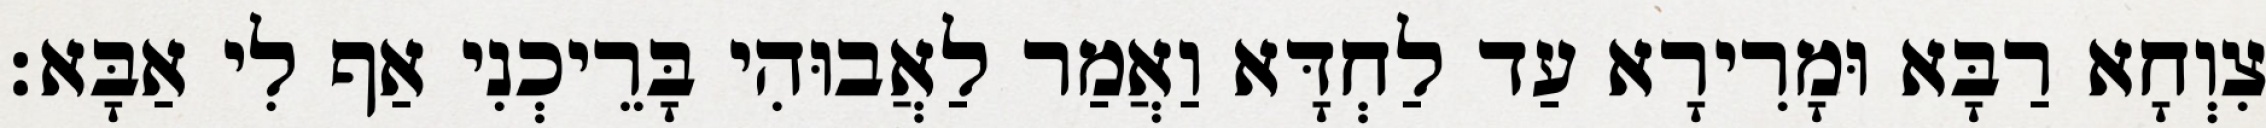
צִוְחָא רַבָּא וּמָרִירָא עַד לַחְדָּא וַאֲמַר לַאֲבוּהִי בָּרֵיכְנִי אַף לִי אַבָּא׃